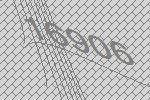
16906